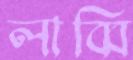
লাব্বি